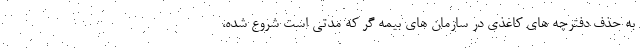
به حذف دفترچه های کاغذی در سازمان های بیمه گر که مدتی است شروع شده،